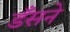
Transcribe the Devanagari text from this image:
डँसने